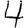
Digit: 4